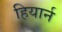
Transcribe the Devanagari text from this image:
हियार्न